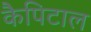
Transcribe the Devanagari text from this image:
कैपिटाल